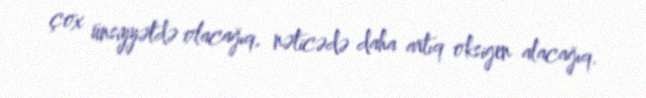
çox ünsiyyətdə olacağıq, nəticədə daha artıq oksigen alacağıq.